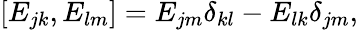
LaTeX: [E_{jk},E_{lm}]=E_{jm}\delta_{kl}-E_{lk}\delta_{jm},